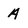
Character: A